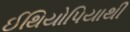
ઈથિયોપિયાથી